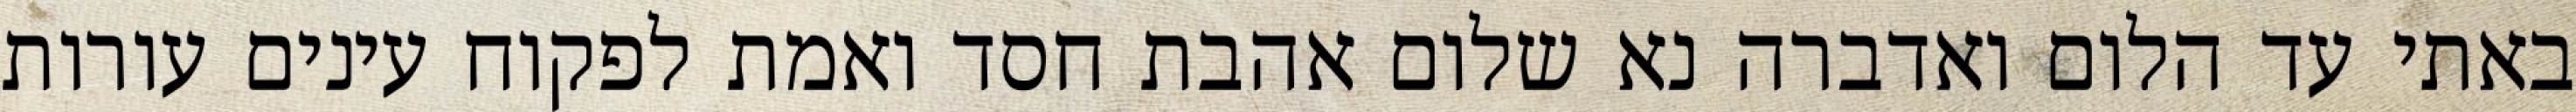
באתי עד הלום ואדברה נא שלום אהבת חסד ואמת לפקוח עינים עורות